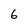
Character: 6